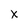
Character: x